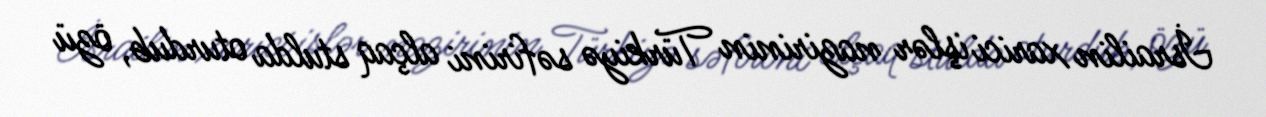
İsrailin xarici işlər nazirinin Türkiyə səfirini alçaq stulda oturdub, özü